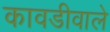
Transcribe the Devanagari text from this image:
कावडीवाले